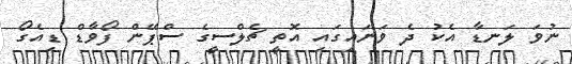
ނުވަ ލަނޑާ އެކު ދެ ވަނައިގައި އޮތީ ޗެލްސީގެ ސްޕޭން ފޯވާޑް ޑިއެގޯ